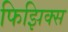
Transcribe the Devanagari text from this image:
फिझिक्स